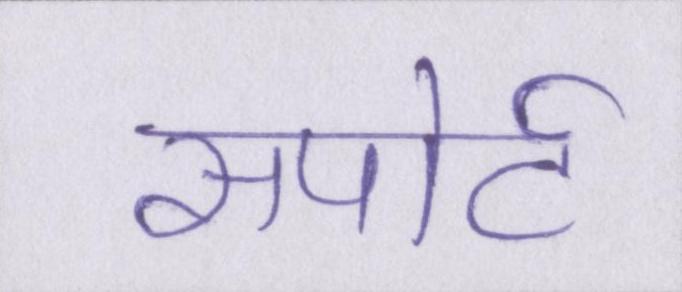
सपोर्ट